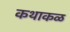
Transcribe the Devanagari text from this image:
कथाकळ